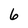
Character: 6